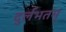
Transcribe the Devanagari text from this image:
दुर्लभतम्